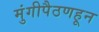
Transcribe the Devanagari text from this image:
मुंगीपैठणहून